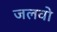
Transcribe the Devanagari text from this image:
जलवो